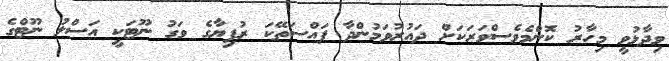
ވިދާޅުވީ މިހާރު ކޮންމެވެސްވަރަކަށް ދައުރުވަމުންދާ ފައްސަތޭކަ ރުފިޔާގެ ވަގު ނޫޓަކީ އަސްލު ނޫޓްގެ